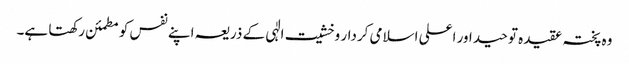
وہ پختہ عقیدہ توحید اور اعلی اسلامی کردار وخشیت الٰہی کے ذریعہ اپنے نفس کو مطمئن رکھتا ہے۔